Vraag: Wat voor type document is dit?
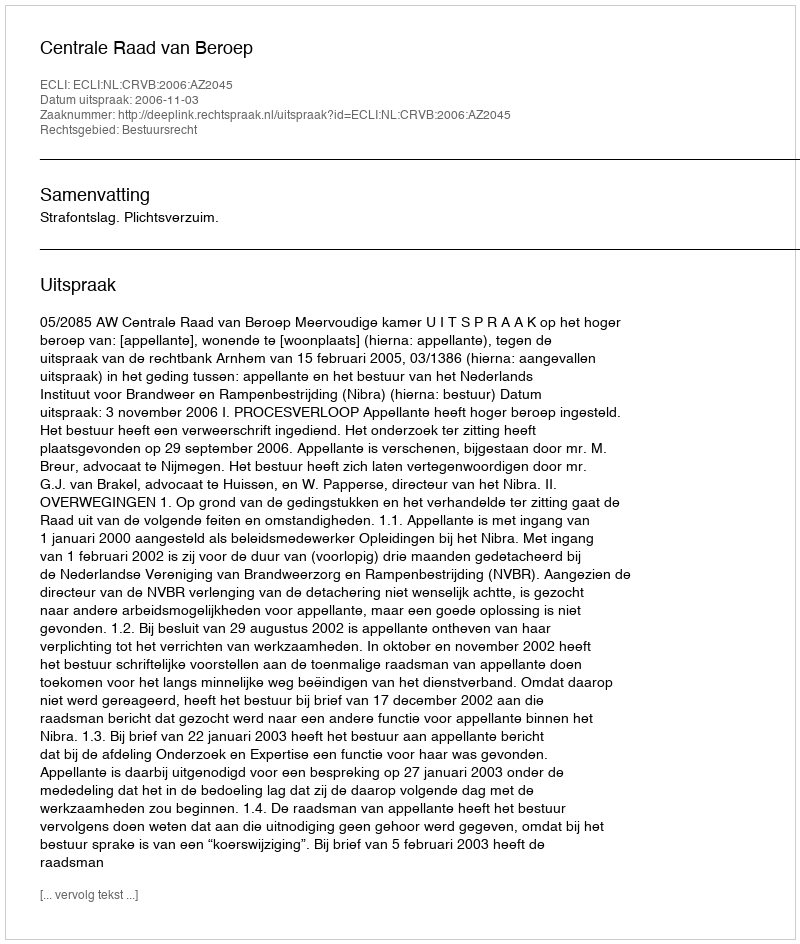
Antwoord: Uitspraak